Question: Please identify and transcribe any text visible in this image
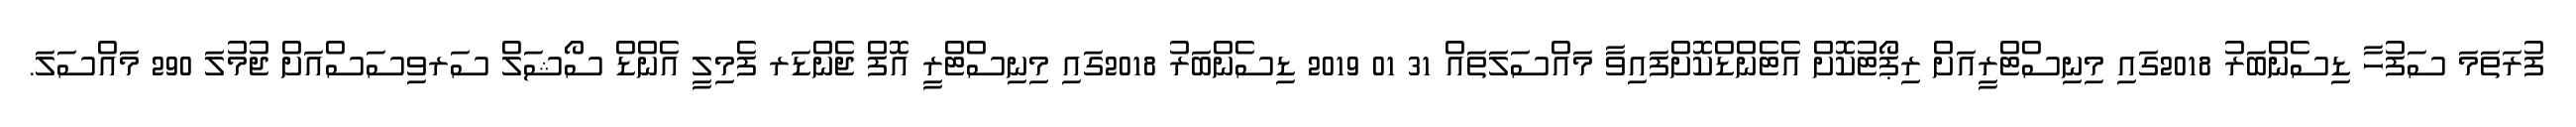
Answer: ފުރަތަމަ ސަފުހާ ޑިސެންބަރު 2018ގައި މިނިސްޓްރީއަށް ރިޕޯޓުކޮށް އެޓެންޑްކޮށްފައިވާ މައްސަލަތައް 31 01 2019 ޑިސެންބަރު 2018ގައި މިނިސްޓްރީ އޮފް ޖެންޑަރ ފެމިލީ އެންޑް ސޯޝަލް ސަރވިސަސްއަށް ޖުމުލަ 290 މައްސަލަ.